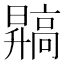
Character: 𬴙